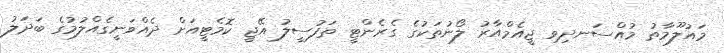
މައުލޫމާތު މުއްސަނދިވި ޖީއެމްއާރު ލޯނުތަކުގެ ގެރެންޓީ ތަފުސީލު އޭޖީ ކޮމެޓީއަށް ދެއްވަނީގެއްލުމުގެ ބަދަލު